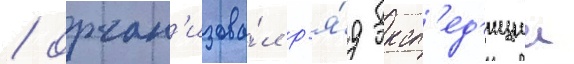
/ орган'изова́л р'я́д эксп'ед'иции